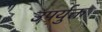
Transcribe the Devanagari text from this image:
उपर्युक्त